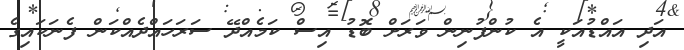
އަދި އައްޑުއަކީ އެ ކުންފުނިން ވަރަށް ބޮޑު އިސް ކަމެއްދޭ ސަރަހައްދެއްކަން ފެނަކައިގެ